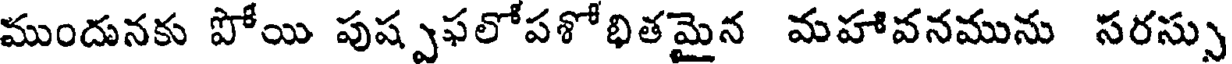
ముందునకు పోయి పుష్పఫలోపశోభితమైన మహావనమును సరస్సు